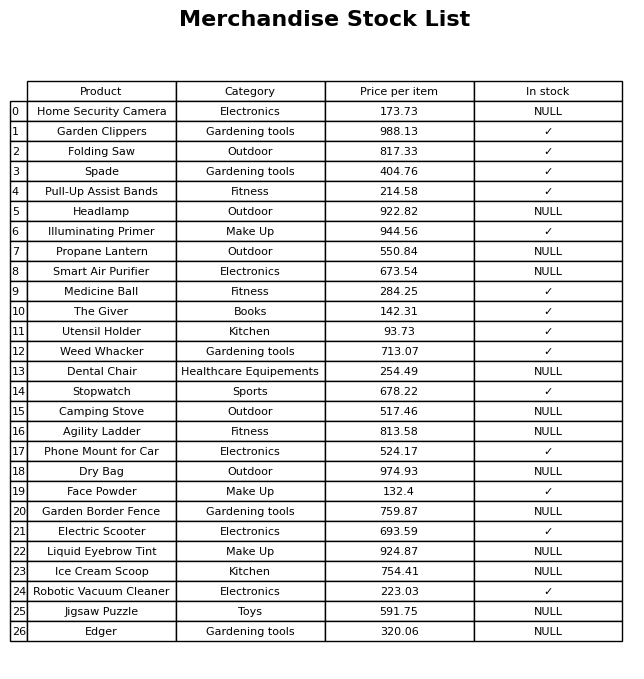
question: What is the price of the Electric Scooter?
answer: The price of Electric Scooter is 693.59.